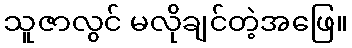
သူဇာလွင် မလိုချင်တဲ့အဖြေ။